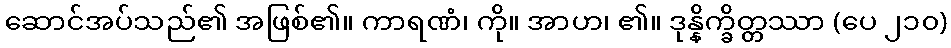
ဆောင်အပ်သည်၏ အဖြစ်၏။ ကာရဏံ၊ ကို။ အာဟ၊ ၏။ ဒုန္နိက္ခိတ္တဿာ (ပေ ၂၁၀)